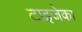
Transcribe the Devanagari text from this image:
टाइजेका